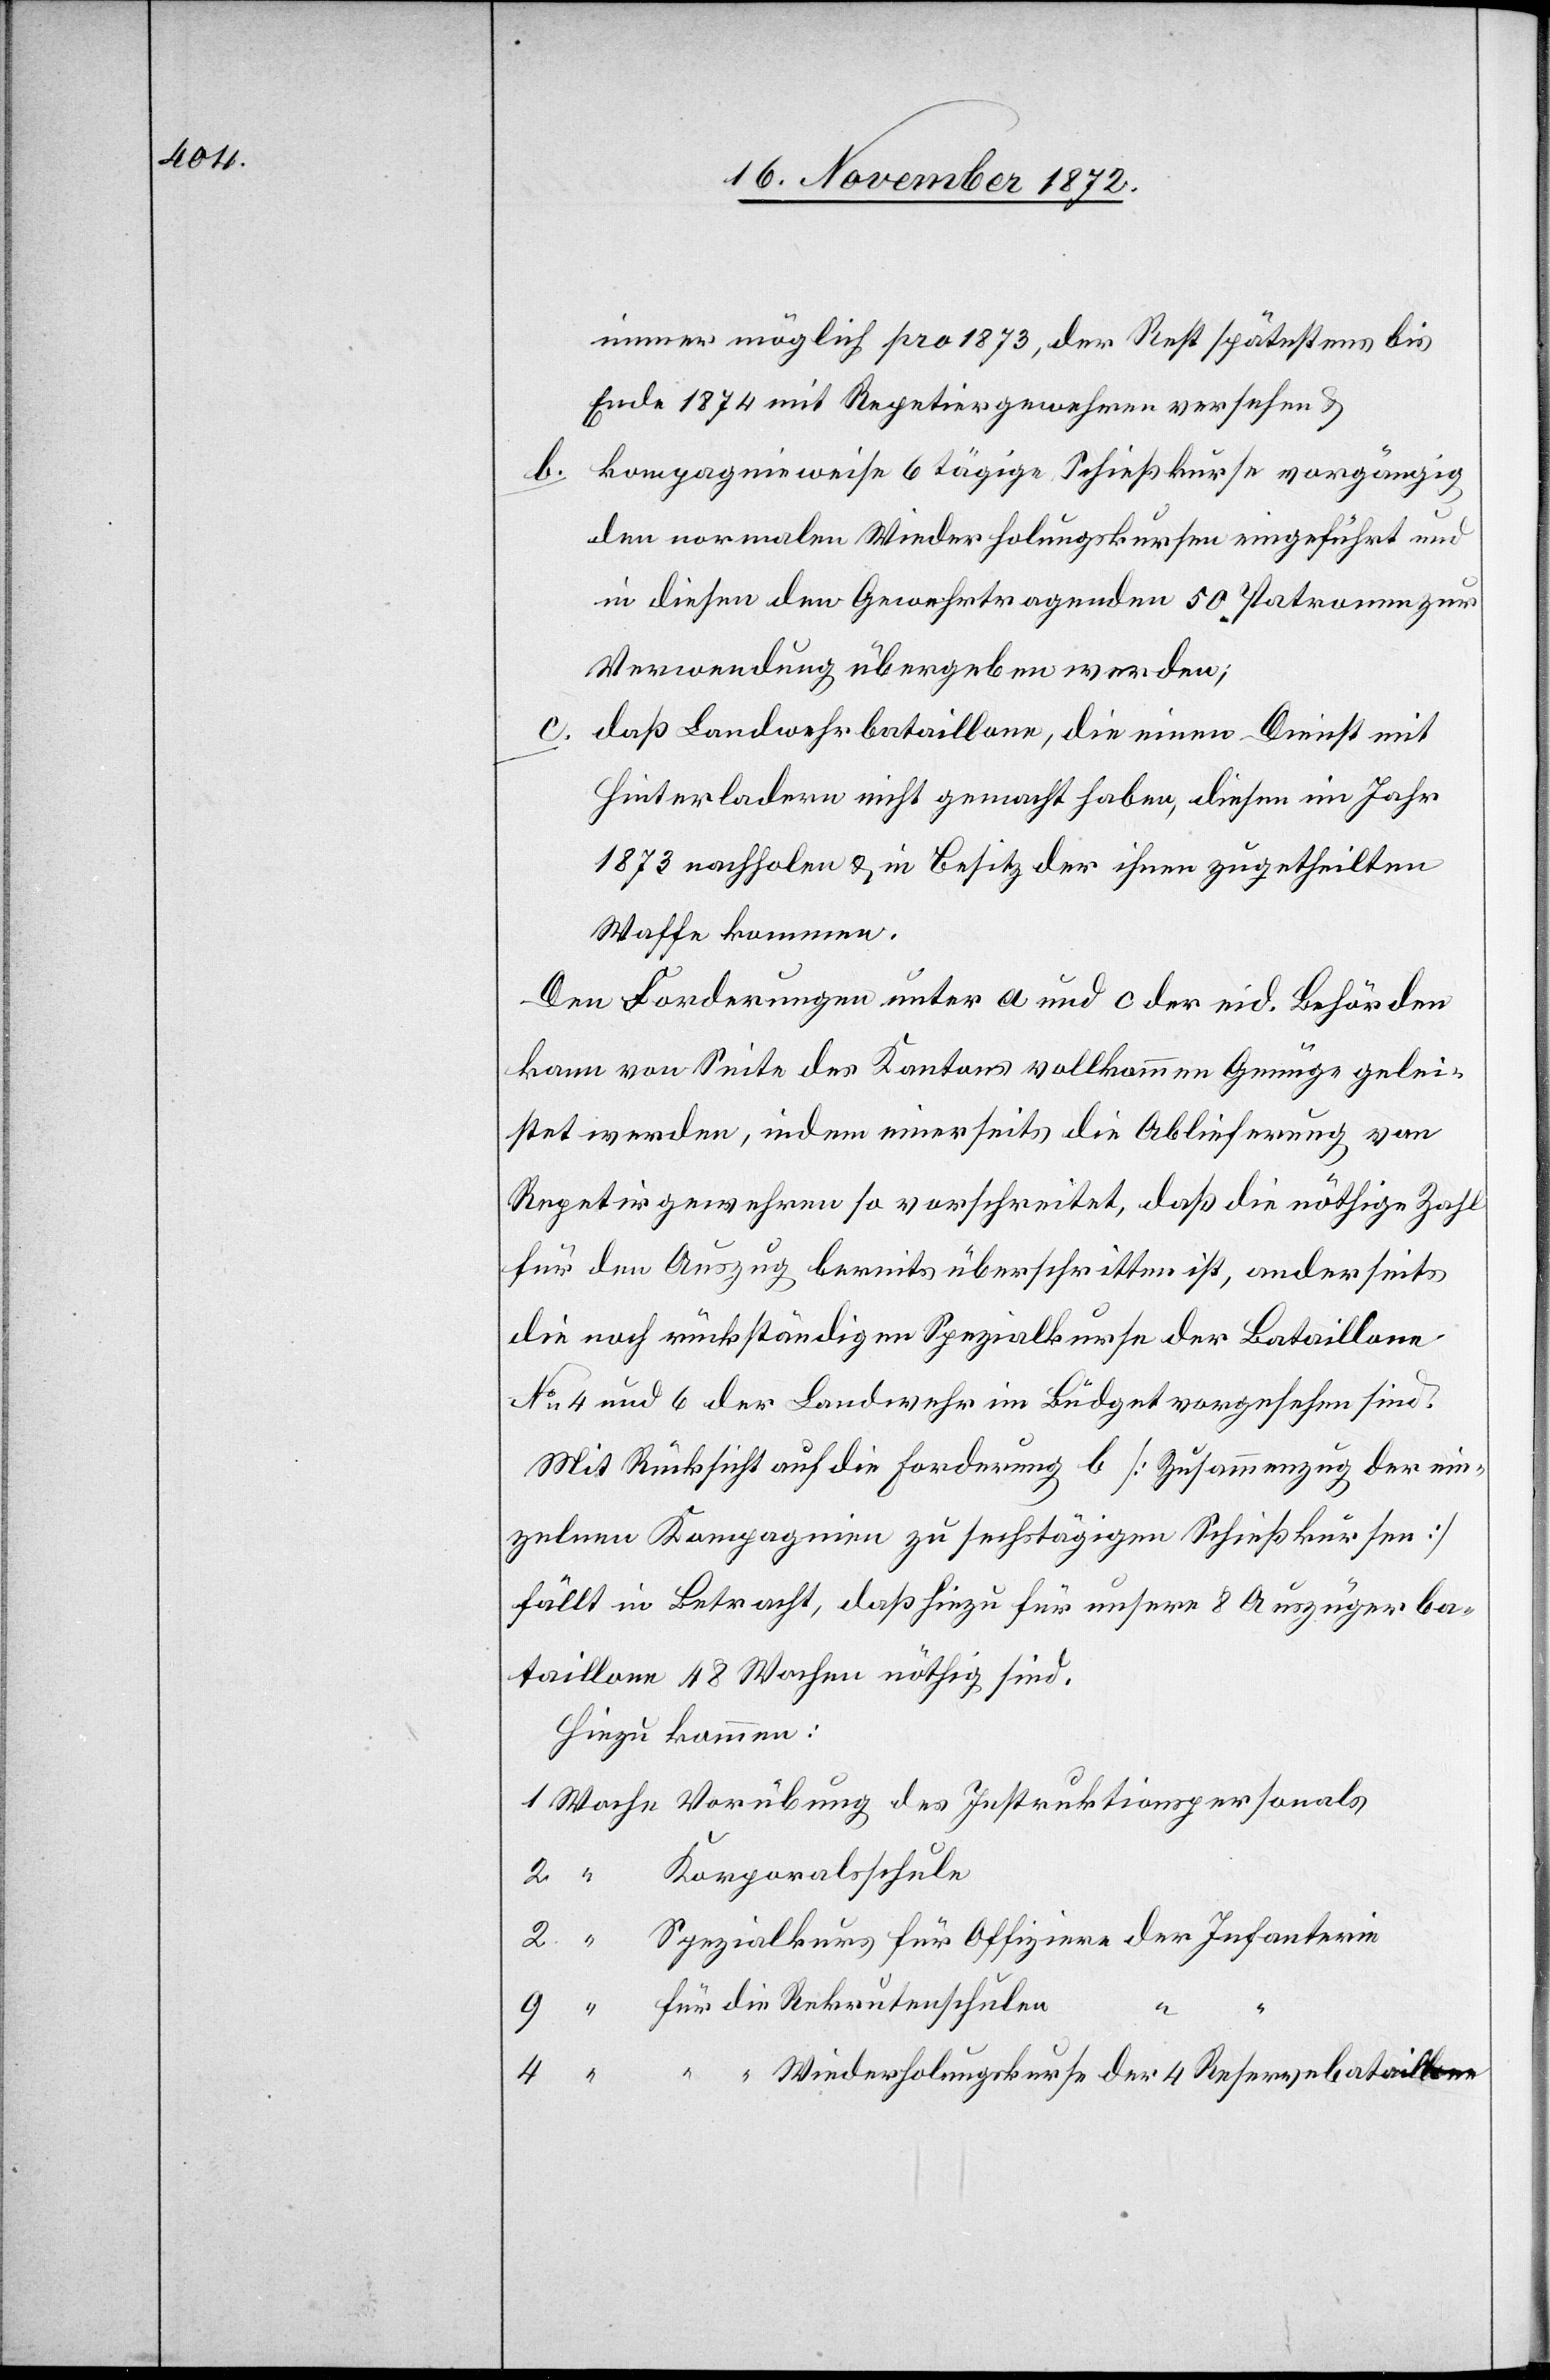
b.

immer möglich pro 1873, der Rest spätestens bis
Ende 1874 mit Repetiergewehren versehen u.
kompagnieweise 6 tägige Schießkurse vorgängig
den normalen Wiederholungskursen eingeführt und
in diesen den Gewehrtragenden 50 Patronen zur
Verwendung übergeben werden;
c.
daß Landwehrbataillone, die einen Dienst mit
Hinterladern nicht gemacht haben, diesen im Jahr
1873 nachholen u. in Besitz der ihnen zugetheilten
Waffe kommen.
Den Forderungen unter a und c der eid. Behörden
kann von Seite des Kantons vollkommen Genüge gelei¬
stet werde, indem einerseits die Ablieferung von
Repetirgewehren so vorschreitet, daß die nöthige Zahl
für den Auszug bereits überschritten ist, anderseits
die noch rückständigen Spezialkurse der Bataillone
No 4 und 6 der Landwehr im Büdget vorgesehen sind.
Mit Rücksicht auf die Forderung b [Zusammenzug der ein¬
zelnen Kompagnien zu sechstägigen Schießkursen]
fällt in Betracht, daß hiezu für unsere 8 Auszügerba¬
taillone 48 Wochen nöthig sind.
Hiezu kommen:
Korporalschule
Spezialkurs für Offiziere der Infanterie
für die Rekrutenschulen
4
“ “ Wiederholungskurse der 4 Reservebataillone